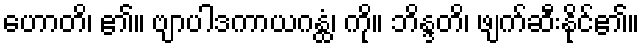
ဟောတိ၊ ၏။ ဗျာပါဒကာယဂန္ထံ၊ ကို။ ဘိန္ဒတိ၊ ဖျက်ဆီးနိုင်၏။